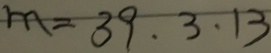
m = 3 9 、 3 、 1 3